65_HS1-834228961_62-HQ-83894_Section_8
Agency: FBI
Page 77
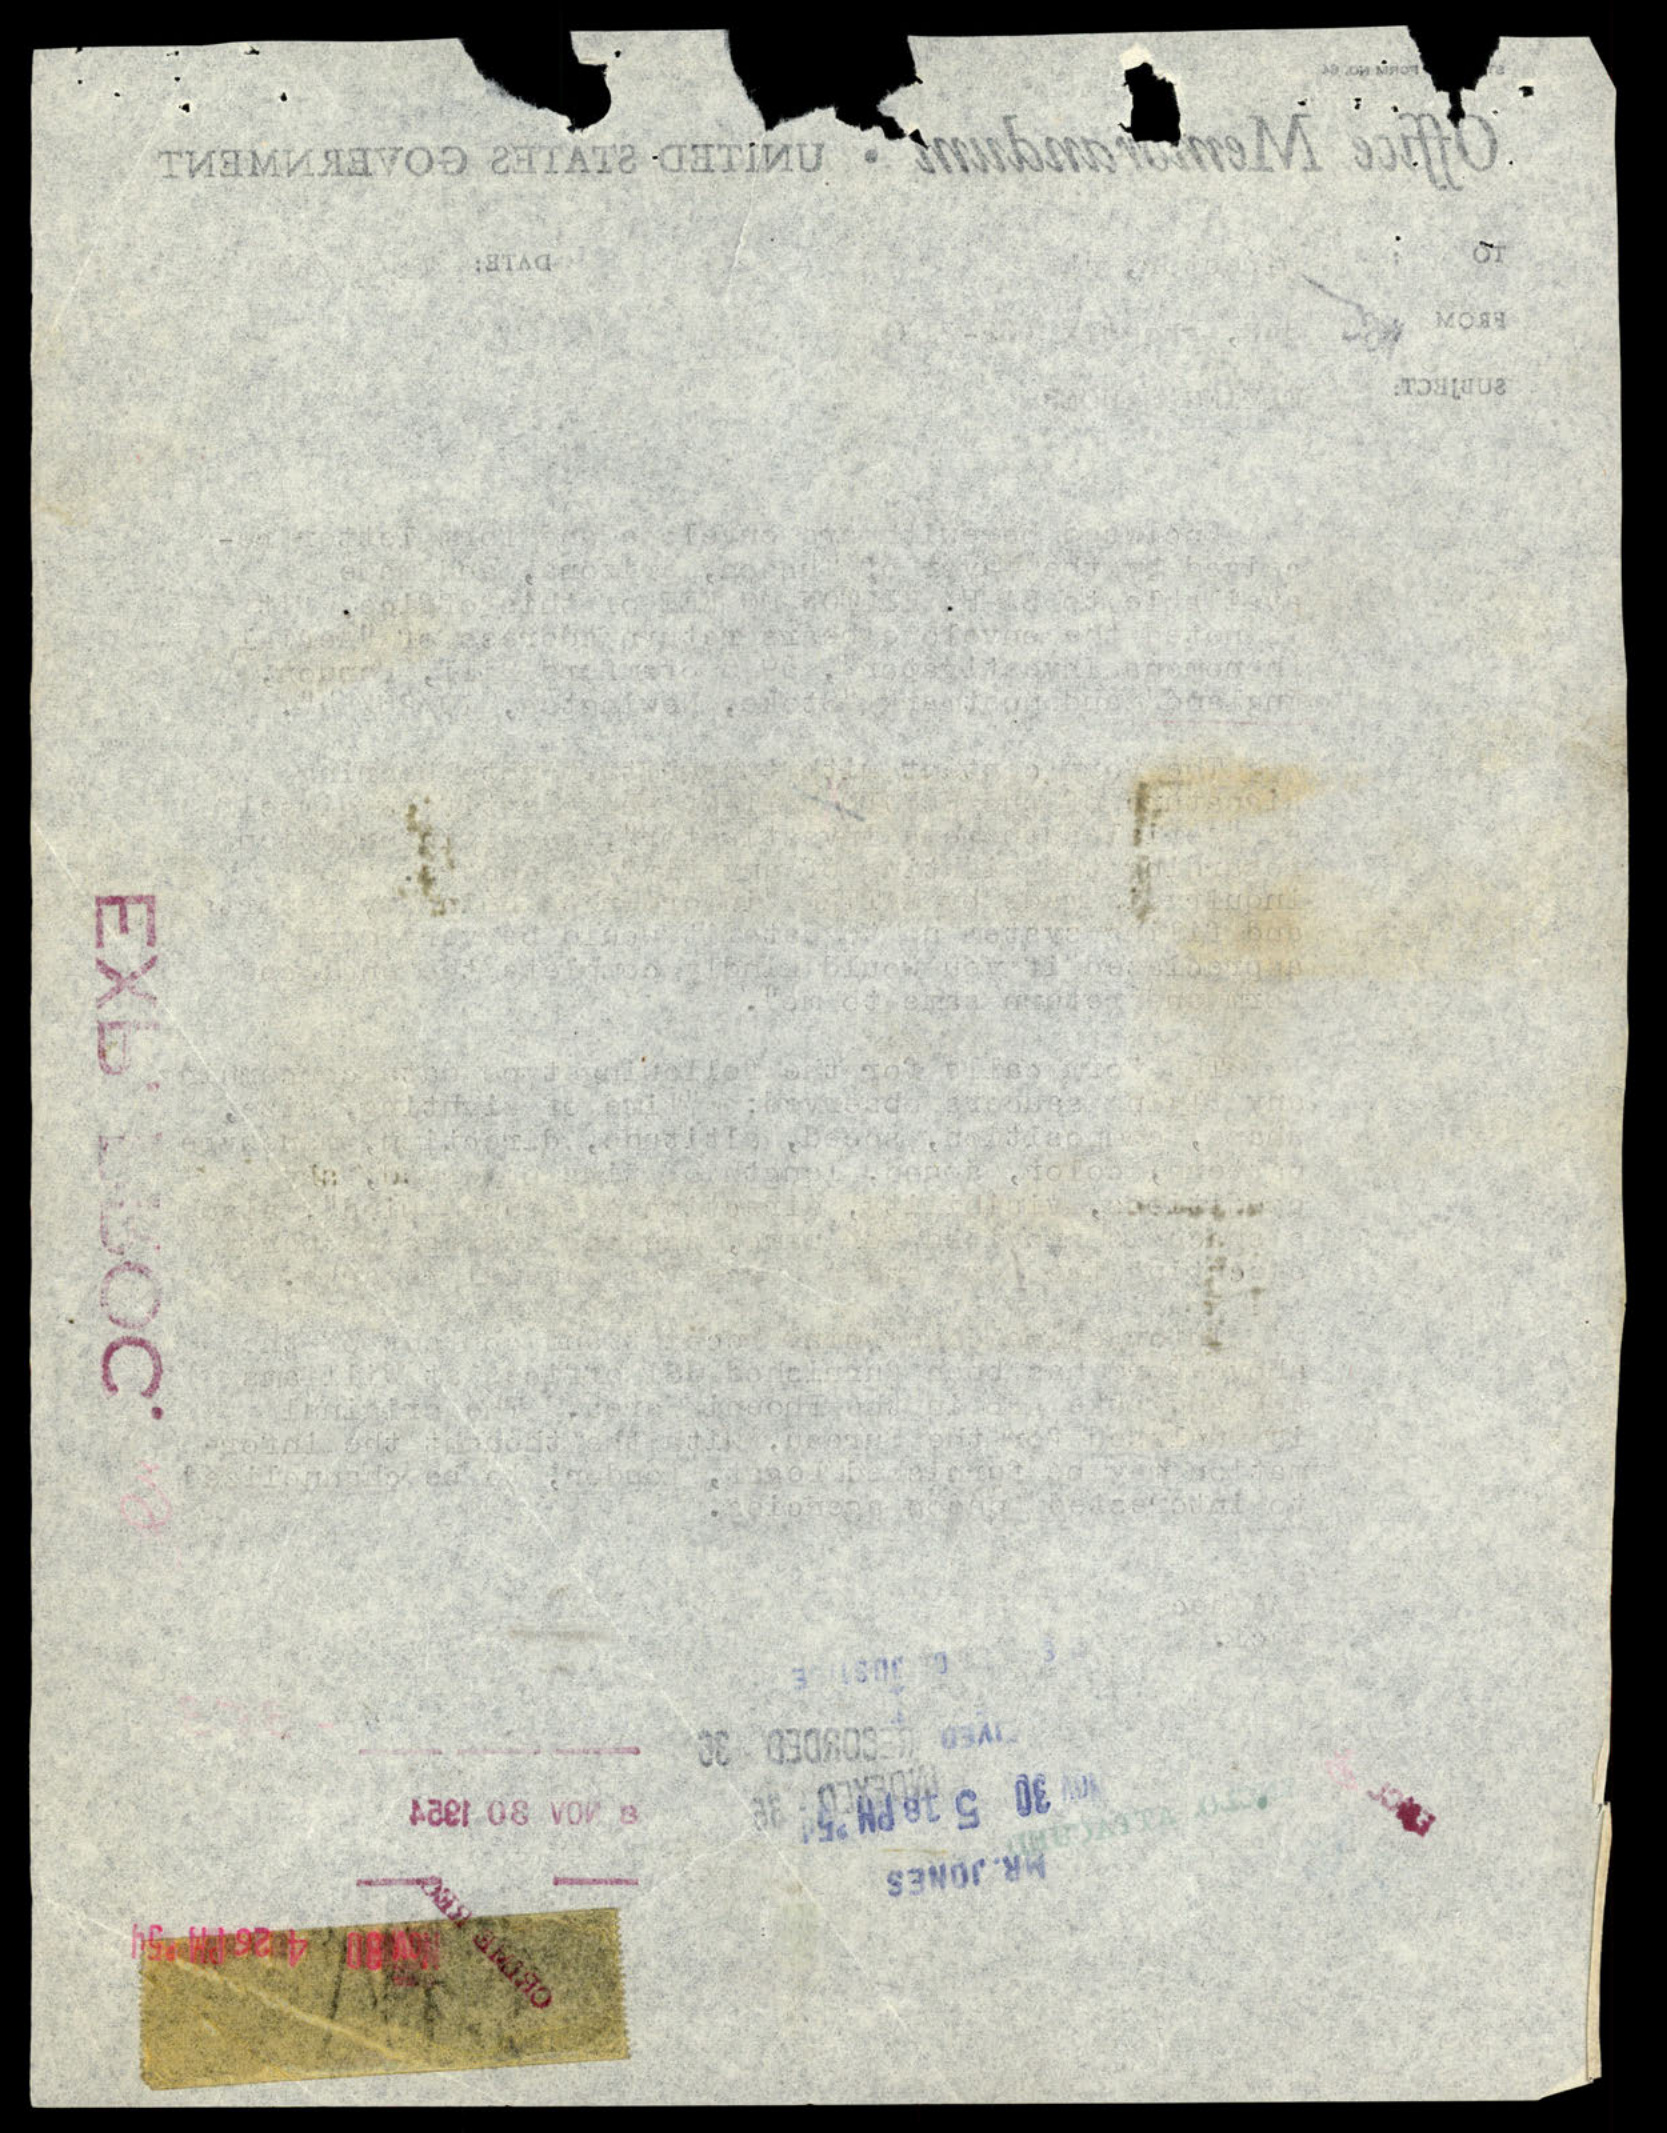